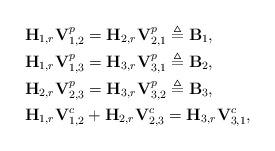
LaTeX: \begin{align*}&{\bf H}_{1,r}{\bf V}_{1,2}^p={\bf H}_{2,r}{\bf V}_{2,1}^p\triangleq {\bf B}_1,\\&{\bf H}_{1,r}{\bf V}_{1,3}^p={\bf H}_{3,r}{\bf V}_{3,1}^p\triangleq {\bf B}_2,\\&{\bf H}_{2,r}{\bf V}_{2,3}^p={\bf H}_{3,r}{\bf V}_{3,2}^p\triangleq {\bf B}_3,\\&{\bf H}_{1,r}{\bf V}_{1,2}^{c}+{\bf H}_{2,r}{\bf V}_{2,3}^{c}={\bf H}_{3,r}{\bf V}_{3,1}^{c},\end{align*}